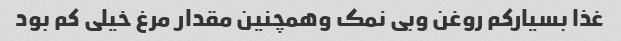
غذا بسیارکم روغن وبی نمک وهمچنین مقدار مرغ خیلی کم بود